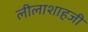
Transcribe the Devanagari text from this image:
लीलाशाहजी